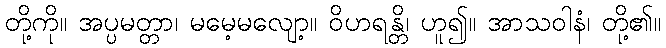
တို့ကို။ အပ္ပမတ္တာ၊ မမေ့မလျော့။ ဝိဟရန္တိ၊ ဟူ၍။ အာသဝါနံ၊ တို့၏။